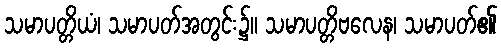
သမာပတ္တိယံ၊ သမာပတ်အတွင်း၌။ သမာပတ္တိဗလေန၊ သမာပတ်၏